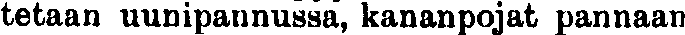
tetaan uunipannussa, kananpojat pannaan